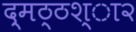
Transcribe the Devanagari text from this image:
द्मठ्ठश्ा२